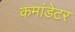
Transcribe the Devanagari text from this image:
कमांडेटर